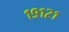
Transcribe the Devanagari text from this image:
१९१२१